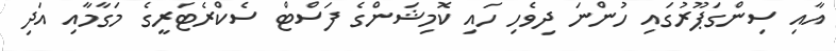
އާއި ސިންގަޕޫރުގައި ހުންނަ ދިވެހި ހައި ކޮމިޝަންގެ ފަސްޓް ސެކްރެޓަރީގެ މަގާމާއި އަދި